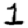
Digit: 1